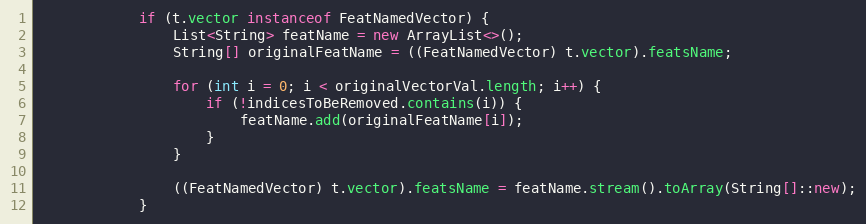
Language: Java
            if (t.vector instanceof FeatNamedVector) {
                List<String> featName = new ArrayList<>();
                String[] originalFeatName = ((FeatNamedVector) t.vector).featsName;

                for (int i = 0; i < originalVectorVal.length; i++) {
                    if (!indicesToBeRemoved.contains(i)) {
                        featName.add(originalFeatName[i]);
                    }
                }

                ((FeatNamedVector) t.vector).featsName = featName.stream().toArray(String[]::new);
            }